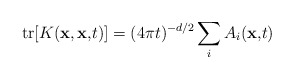
\begin{align*}{\rm tr}[K({\bf x,x,}t)]=(4\pi t)^{-d/2}\sum_{i}A_{i}({\bf x,}t{\bf )}\end{align*}